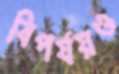
বিপর্যয়ও